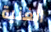
الغنية